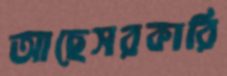
আছেসরকারি